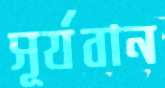
সূর্যবান